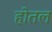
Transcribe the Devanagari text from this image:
होतल